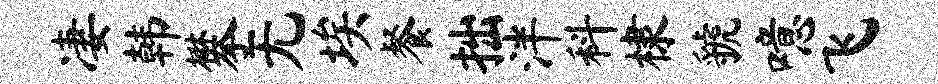
凄韩攀无埃餐拙泮科棣虢噫飞